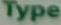
Type